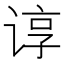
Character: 谆